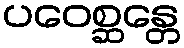
ပဝေစ္ဆန္တေ